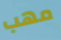
مهب